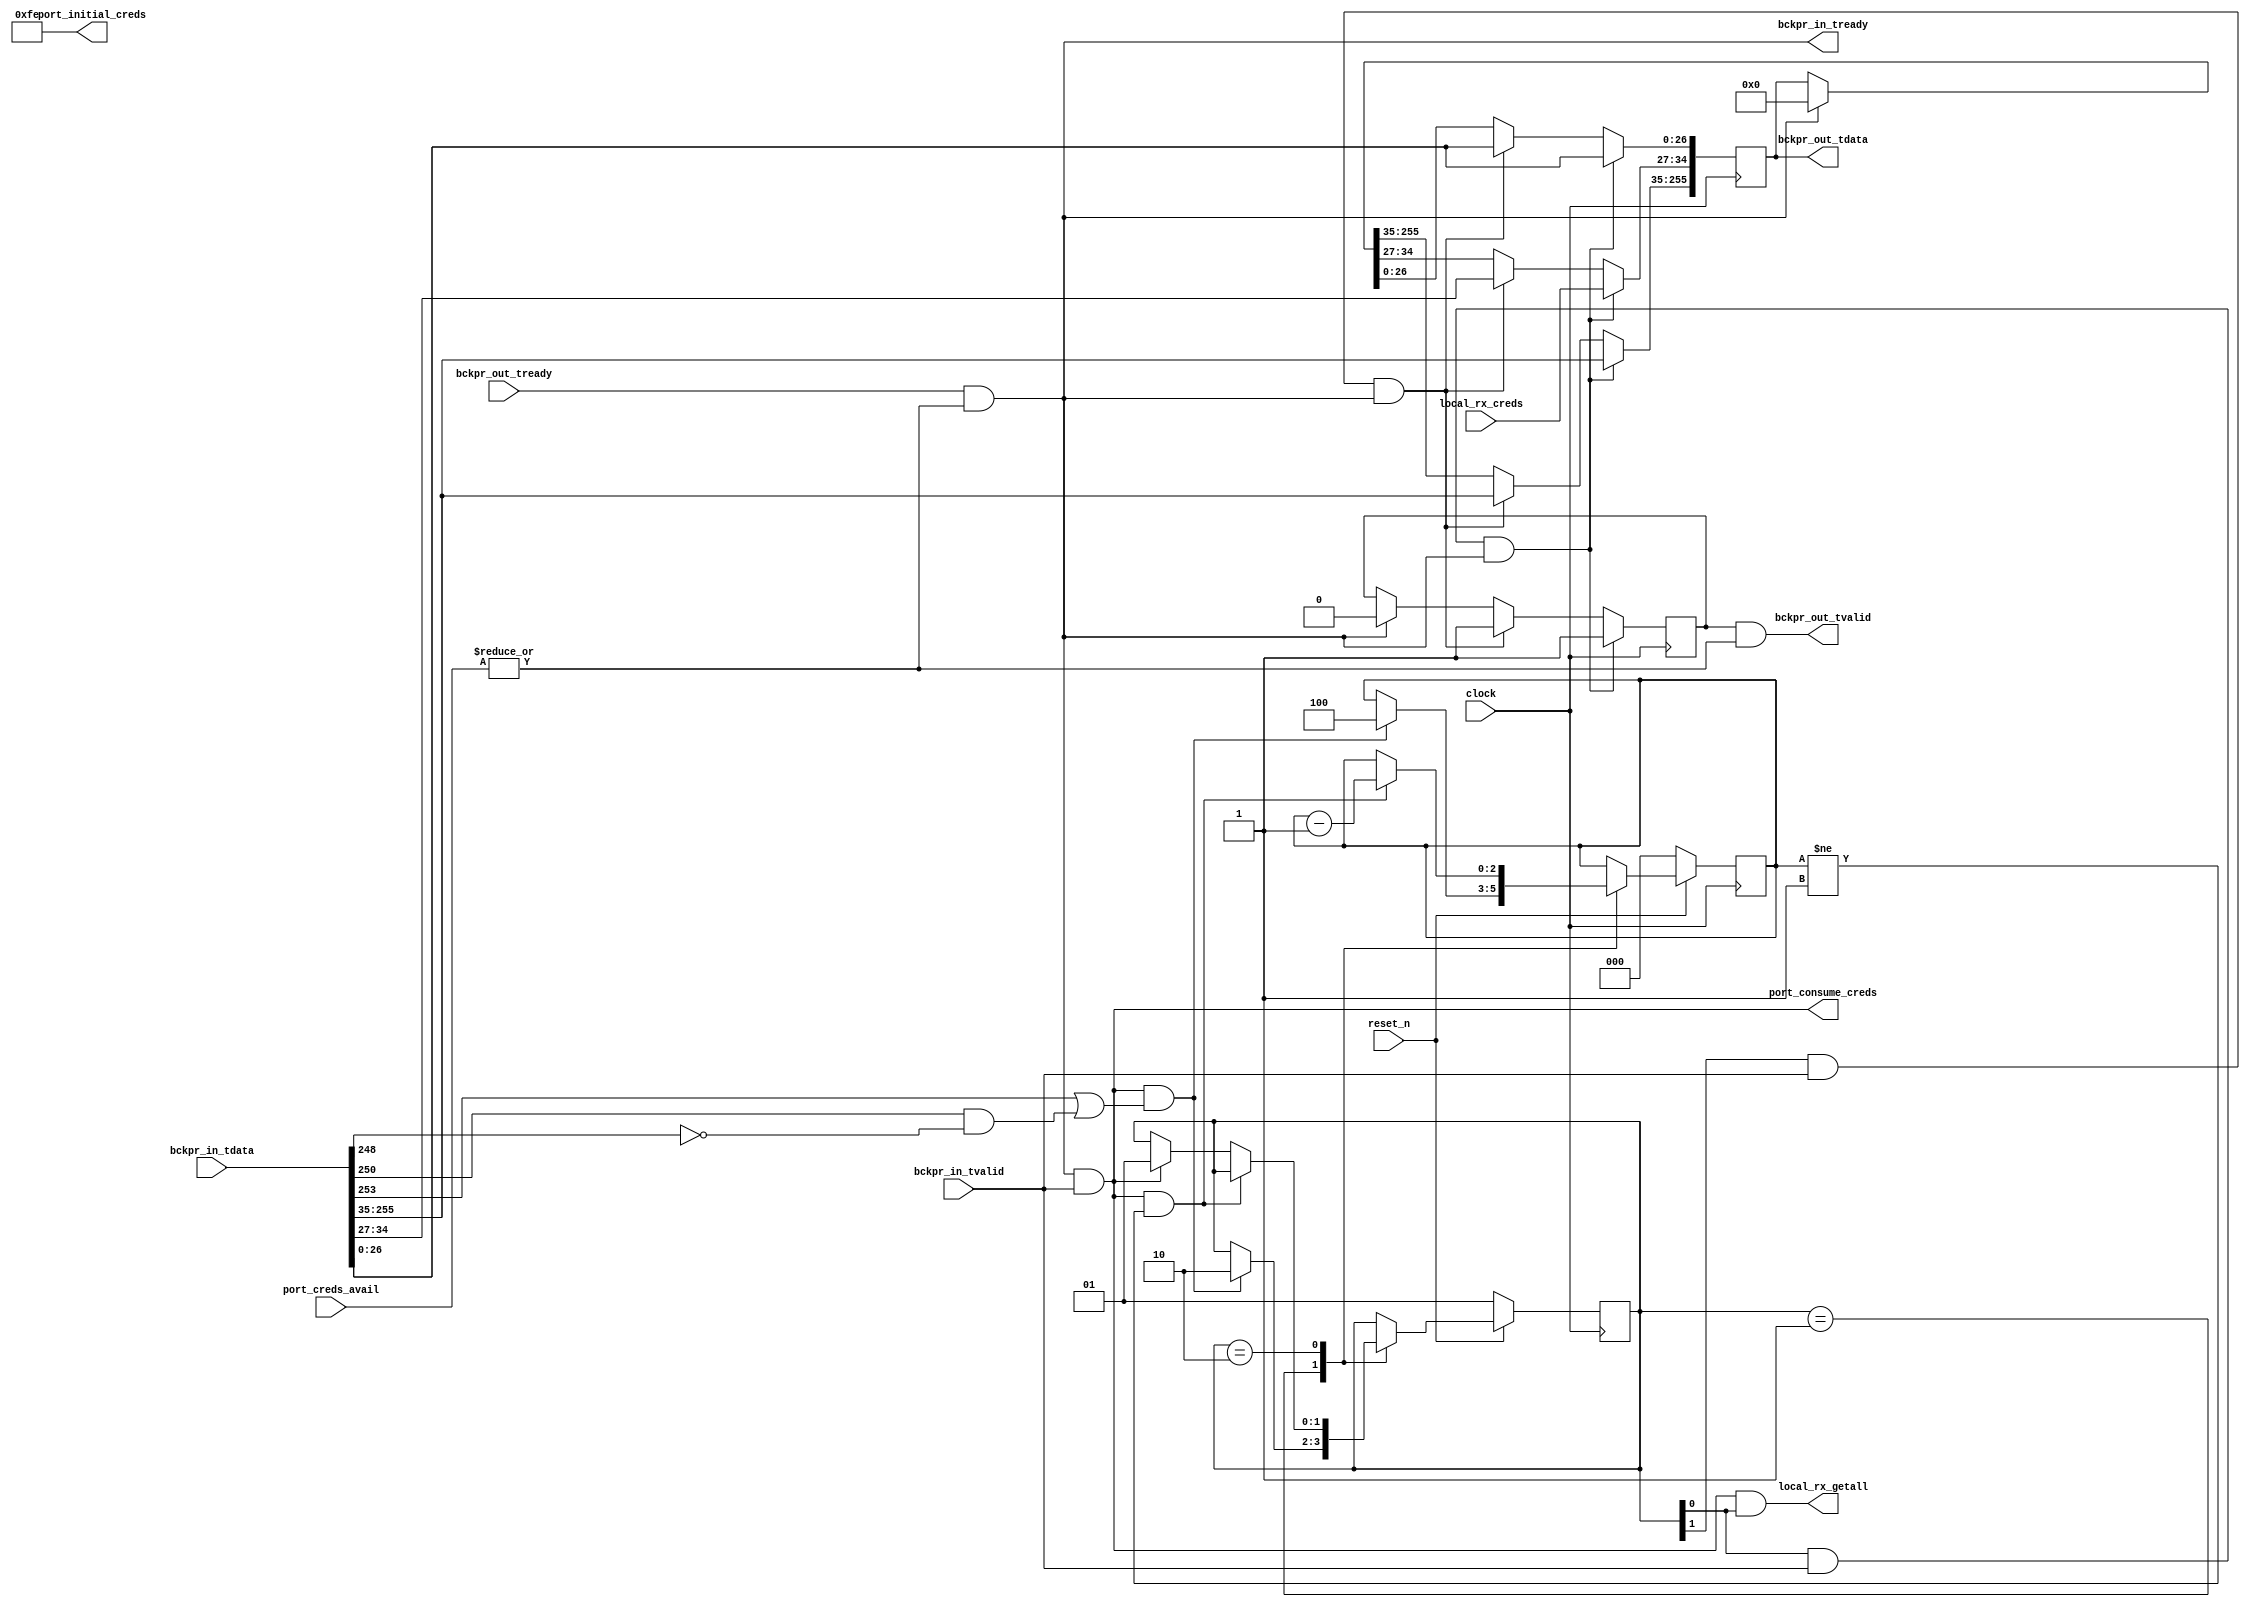
module thymesisflow_32B_bckpressure_egress (

    input              clock                   // Clock - samples & launches data on rising edge
  , input              reset_n                //  Active Low

  // 32B incoming data Interface
  , input   [255:0]     bckpr_in_tdata
  , input               bckpr_in_tvalid
  , output              bckpr_in_tready

  // 32B AXI-STREAM 
  , output  [255:0]     bckpr_out_tdata     
  , output              bckpr_out_tvalid         
  , input               bckpr_out_tready
  
  //Credit manager interface
  , input      [7:0]    port_creds_avail         
  , output              port_consume_creds
  , output     [7:0]    port_initial_creds
  , input      [7:0]    local_rx_creds
  , output              local_rx_getall


);

parameter INIT_CREDS_COUNT = 8'hfe;
`define OCX_FLIT_CMD_CREDS   34:27

reg [255:0]  outdata_q;
reg          outdata_vld;
 


assign  port_initial_creds =  INIT_CREDS_COUNT; 

//port ready signals
wire bckpr_off; //if even one credit is available bckpr is off (= 1'b1)
wire port_rdy;

assign bckpr_off = | port_creds_avail;
//If the next queue is not ready or no credits are available then 
//this flit should be forwarded.
assign port_rdy = ((bckpr_out_tready == 1'b1) && (bckpr_off == 1'b1));

assign  bckpr_out_tdata  = outdata_q; 
//protect the valid in case port is considered not ready because credits run out. 
//the credits protect the remote queue so the local may be still able to receive. 
//if bckpr_out_tready is high. 
assign  bckpr_out_tvalid = outdata_vld & bckpr_off; 
 
//Encoding of the various flit cases based on OpenCAPI TL/TLx protocol
reg  [1:0] ocapi_sm;

parameter CMDFLIT     = 2'b01;
parameter DATAFLIT    = 2'b10;

wire   is_cmd;
assign is_cmd = ocapi_sm[0];

wire is_data;
assign is_data = ocapi_sm[1];

assign bckpr_in_tready = port_rdy;

wire [1:0] cmd_dl;
assign cmd_dl  = bckpr_in_tdata[167:166]; //according to the mapping

wire [1:0] resp_dl;
assign resp_dl = bckpr_in_tdata[227:226];

//Check command types
wire   is_writecmd;
assign is_writecmd = bckpr_in_tdata[253];

wire   is_respRok;
assign is_respRok  = ((bckpr_in_tdata[250] == 1'b1) && (bckpr_in_tdata[248] == 1'b0));

reg [2:0] dflit_size;

always @(posedge(clock))
begin
   if (reset_n == 1'b0)
    begin
      dflit_size     <= 3'b0;
      ocapi_sm       <= CMDFLIT;
    end
   else
    case (ocapi_sm) 
       CMDFLIT:                                   
	    begin
              if ((port_rdy == 1'b1) && (bckpr_in_tvalid == 1'b1) &&
                                                ((is_writecmd == 1'b1) || (is_respRok == 1'b1))) //Commands with dataflits
                 begin
                    ocapi_sm    <= DATAFLIT;
                    dflit_size  <= 3'b100;
                 end
            end
       DATAFLIT:                                   
	    begin
              if ((port_rdy == 1'b1) && (bckpr_in_tvalid == 1'b1) && (dflit_size != 3'b001)) //Commands with dataflits
                     dflit_size <= dflit_size - 3'b001;
                 else if ((port_rdy == 1'b1) && (bckpr_in_tvalid == 1'b1))
                     ocapi_sm  <= CMDFLIT; 
            end
    endcase
end    


//Timing closure permitting this should be converted to combinational.
always @(posedge(clock))
begin
  if ((is_cmd == 1'b1) && (bckpr_in_tvalid == 1'b1) && (port_rdy == 1'b1)) //Cmd flit out
     begin
        outdata_q[255:35]               <= bckpr_in_tdata[255:35];//or resp is located at the higher part
        outdata_q[`OCX_FLIT_CMD_CREDS]  <= local_rx_creds; //adding local credits to be returned.
        outdata_q[26:0]                 <= bckpr_in_tdata[26:0];
        outdata_vld                     <= 1'b1;
     end 
  else if ((is_data == 1'b1) && (bckpr_in_tvalid == 1'b1) && (port_rdy == 1'b1)) //Data flit out
     begin
        outdata_q                       <= bckpr_in_tdata;
        outdata_vld                     <= 1'b1;
     end
  else
     begin
        outdata_q                       <=  (port_rdy == 1'b1) ? 256'b0 : outdata_q;
        outdata_vld                     <=  (port_rdy == 1'b1) ? 1'b0   : outdata_vld;
     end
end


//credit consumption handling in the same cycle with combinational logic
assign port_consume_creds =  ((port_rdy == 1'b1)  && (bckpr_in_tvalid == 1'b1));

assign local_rx_getall    =  ((port_rdy == 1'b1) && (bckpr_in_tvalid == 1'b1) && (is_cmd == 1'b1));                                                                                                                                       
                            
endmodule